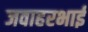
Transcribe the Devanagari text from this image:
जवाहरभाई